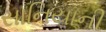
સાનિયાની